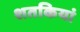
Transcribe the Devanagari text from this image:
शतकियां